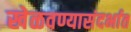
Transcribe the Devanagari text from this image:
खेळवण्यासंदर्भात